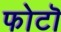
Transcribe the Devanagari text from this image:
फोटॊ